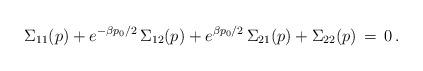
LaTeX: \begin{align*}\Sigma_{11}(p) + e^{- \beta p_0/2} \, \Sigma_{12}(p) + e^{ \beta p_0/2} \, \Sigma_{21}(p) + \Sigma_{22}(p) \, = \, 0 \, .\end{align*}